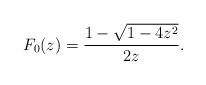
LaTeX: \begin{align*} F_0(z)=\frac{1-\sqrt{1-4z^2}}{2z}.\end{align*}